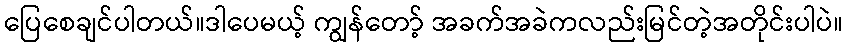
ပြေစေချင်ပါတယ်။ဒါပေမယ့် ကျွန်တော့် အခက်အခဲကလည်းမြင်တဲ့အတိုင်းပါပဲ။